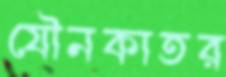
যৌনকাতর